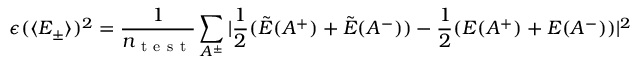
\epsilon ( \langle E _ { \pm } \rangle ) ^ { 2 } = \frac { 1 } { n _ { \mathrm { ~ t ~ e ~ s ~ t ~ } } } \sum _ { A ^ { \pm } } | \frac { 1 } { 2 } ( \tilde { E } ( A ^ { + } ) + \tilde { E } ( A ^ { - } ) ) - \frac { 1 } { 2 } ( { E } ( A ^ { + } ) + { E } ( A ^ { - } ) ) | ^ { 2 }